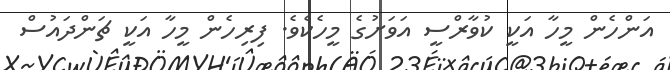
އަންހެން މީހާ އަކީ ކުވާރްސީ އަވަށުގެ މީހެކެވެ. ފިރިހެން މީހާ އަކީ ޗަންދައުސް